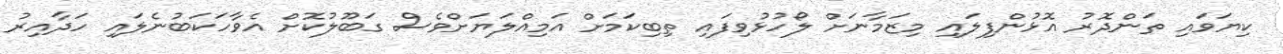
ކިޔަވައި ތަންދޮރު އޮޅުންފިލައި މިޒަމާނަށް ލޯހުޅުވިފައި ތިބިކަމަށް އަމިއްލަޔަށްވެސް ގަބޫލުކޮށް އެވާހަކަބުނެލައި ހަދާއިރު